Plague in India, 1896, 1897 - Volume 2
Year: 1896
Disease focus: Plague
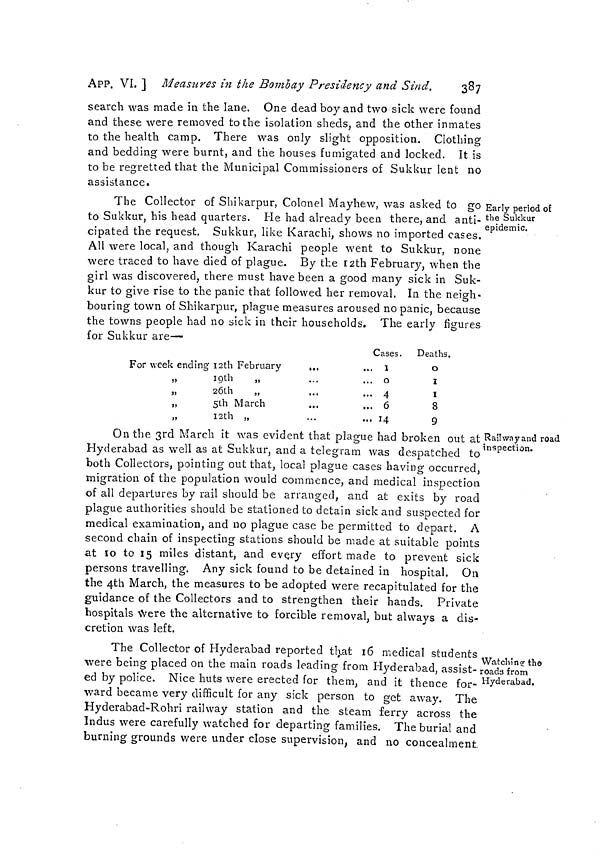
APP. VI. ] Measures in the Bombay Presidency and Sind.
387
search was made in the lane. One dead boy and two sick were found
and these were removed to the isolation sheds, and the other inmates
to the health camp. There was only slight opposition. Clothing
and bedding were burnt, and the houses fumigated and locked. It is
to be regretted that the Municipal Commissioners of Sukkur lent no
assistance.
Early period of
the Sukkur
epidemic.
The Collector of Sbikarpur, Colonel Mayhew, was asked to go
to Sukkur, his head quarters. He had already been there, and anti-
cipated the request. Sukkur, like Karachi, shows no imported cases.
All were local, and though Karachi people went to Sukkur, none
were traced to have died of plague. By the 12th February, when the
girl was discovered, chere must have been a good many sick in Suk-
kur to give rise to the panic that followed her removal. In the neigh-
bouring town of Shikarpur, plague measures aroused no panic, because
the towns people had no sick in their households. The early figures
for Sukkur are—
For week ending I2th February
...
„
19th
„
26th
„
5th March
„
12th
„
Cases.
... I
... o
... 4
... 6
... 14
Deaths.
0
I
l
8
9
Railway and road
inspection.
On the 3rd March it was evident that plague had broken out at
Hyderabad as well as at Sukkur, and a telegram was despatched to
both Collectors, pointing out that, local plague cases having occurred,
migration of the population would commence, and medical inspection
of all departures by rail should be arranged, and at exits by road
plague authorities should be stationed to detain sick and suspected for
medical examination, and no plague case be permitted to depart. A
second chain of inspecting stations should be made at suitable points
at 10 to 15 miles distant, and evcry effort made to prevent sick
persons travelling. Any sick found to be detained in hospital. On
the 4th March, the measures to be adopted were recapitulated for the
guidance of the Collectors and to strengthen their hands. Private
hospitals \Vere the alternative to forcible removal, but always a dis-
cretion was left.
Watching 1 the
roads from
Hyderabad.
The Collector of Hyderabad reported that 16 medical students
were being placed on the main roads leading from Hyderabad, assist-
ed by police. Nice huts were erected for them, and it thence for-
ward became very difficult for any sick person to get away. The
Hyderabad-Rohri railway station and the steam ferry across the
Indus were carefully watched for departing families. The burial and
burning grounds were under close supervision, and no concealment